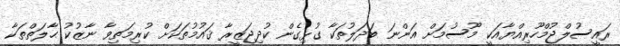
ރައީސުލްޖުމްހޫރިއްޔާއަކީ މޫސުމަށް އަންނަ ބަދަލުތަކާ ގުޅިގެން ކުދިޖަޒީރާ ޤައުމުތަކަށް ކުރިމަތިވާ ނާޒުކު ޙާލަތްތަކާ